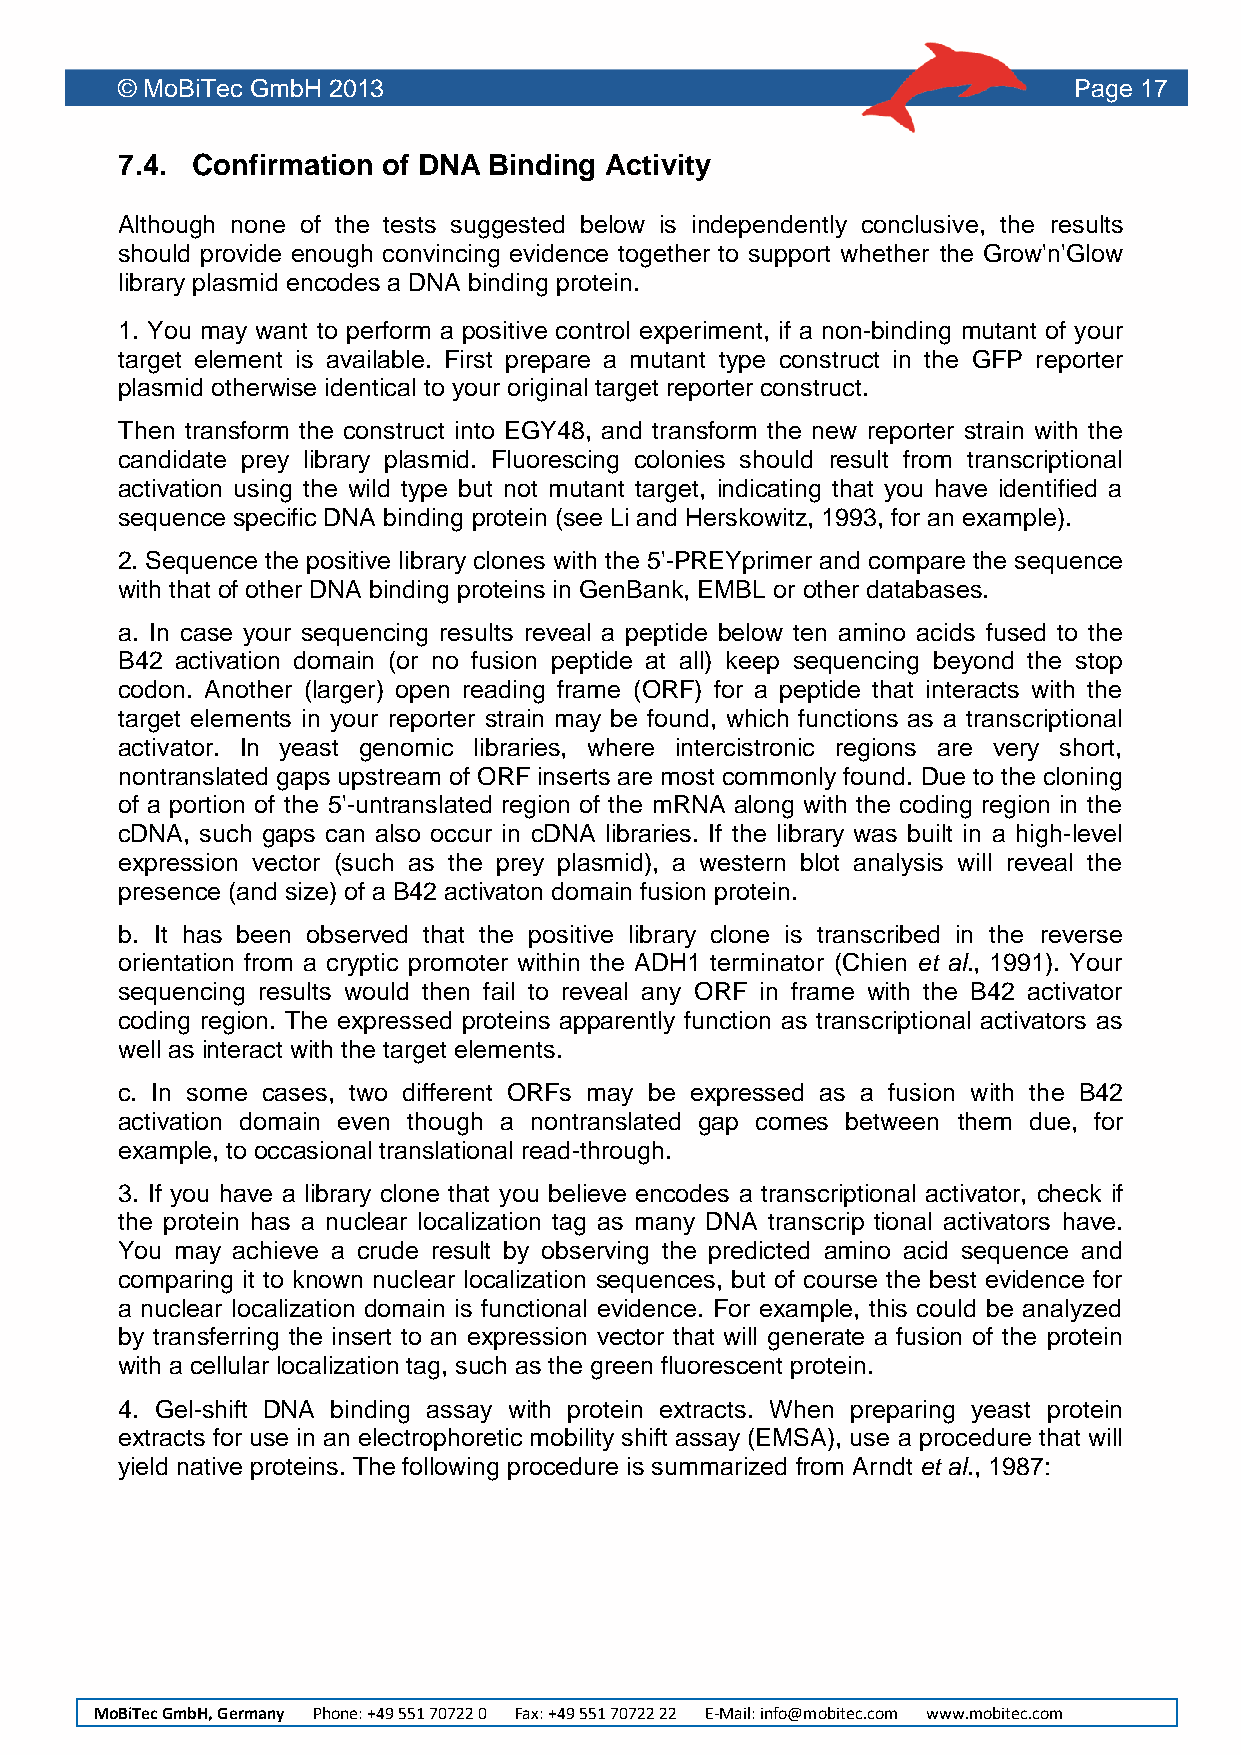
© MoBiTec GmbH 2013                                            Page 17
 7.4. Confirmation of DNA Binding Activity
 Although none of the tests suggested below is independently conclusive, the results
 should provide enough convincing evidence together to support whether the Grow'n'Glow
 library plasmid encodes a DNA binding protein.
 1. You may want to perform a positive control experiment, if a non-binding mutant of your
 target element is available. First prepare a mutant type construct in the GFP reporter
 plasmid otherwise identical to your original target reporter construct.
 Then transform the construct into EGY48, and transform the new reporter strain with the
 candidate prey library plasmid. Fluorescing colonies should result from transcriptional
 activation using the wild type but not mutant target, indicating that you have identified a
 sequence specific DNA binding protein (see Li and Herskowitz, 1993, for an example).
 2. Sequence the positive library clones with the 5'-PREYprimer and compare the sequence
 with that of other DNA binding proteins in GenBank, EMBL or other databases.
 a. In case your sequencing results reveal a peptide below ten amino acids fused to the
 B42 activation domain (or no fusion peptide at all) keep sequencing beyond the stop
 codon. Another (larger) open reading frame (ORF) for a peptide that interacts with the
 target elements in your reporter strain may be found, which functions as a transcriptional
 activator. In yeast genomic libraries, where intercistronic regions are very short,
 nontranslated gaps upstream of ORF inserts are most commonly found. Due to the cloning
 of a portion of the 5'-untranslated region of the mRNA along with the coding region in the
 cDNA, such gaps can also occur in cDNA libraries. If the library was built in a high-level
 expression vector (such as the prey plasmid), a western blot analysis will reveal the
 presence (and size) of a B42 activaton domain fusion protein.
 b. It has been observed that the positive library clone is transcribed in the reverse
 orientation from a cryptic promoter within the ADH1 terminator (Chien et al., 1991). Your
 sequencing results would then fail to reveal any ORF in frame with the B42 activator
 coding region. The expressed proteins apparently function as transcriptional activators as
 well as interact with the target elements.
 c. In some cases, two different ORFs may be expressed as a fusion with the B42
 activation domain even though a nontranslated gap comes between them due, for
 example, to occasional translational read-through.
 3. If you have a library clone that you believe encodes a transcriptional activator, check if
 the protein has a nuclear localization tag as many DNA transcrip tional activators have.
 You may achieve a crude result by observing the predicted amino acid sequence and
 comparing it to known nuclear localization sequences, but of course the best evidence for
 a nuclear localization domain is functional evidence. For example, this could be analyzed
 by transferring the insert to an expression vector that will generate a fusion of the protein
 with a cellular localization tag, such as the green fluorescent protein.
 4. Gel-shift DNA binding assay with protein extracts. When preparing yeast protein
 extracts for use in an electrophoretic mobility shift assay (EMSA), use a procedure that will
 yield native proteins. The following procedure is summarized from Arndt et al., 1987:
 MoBiTec GmbH, Germany Phone: +49 551 70722 0 Fax: +49 551 70722 22 E-Mail: info@mobitec.com www.mobitec.com